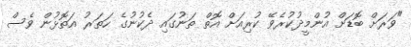
"ވަރަށް ބޮޑަށް އުންމީދުކުރެވޭ ކުރިއަށް އޮތް ތަނުގައި ދެކުނުގެ ހަތަރު އަތޮޅުން ވެސް